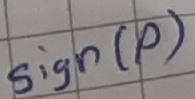
Text: sign(p)